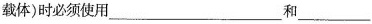
载体)时必须使用___和___